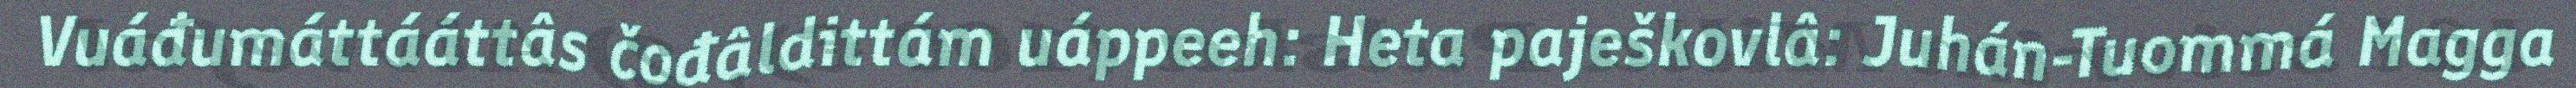
Vuáđumáttááttâs čođâldittám uáppeeh: Heta paješkovlâ: Juhán-Tuommá Magga